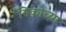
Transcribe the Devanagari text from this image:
निकोच्या